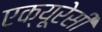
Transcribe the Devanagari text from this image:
एक्यूरेसी